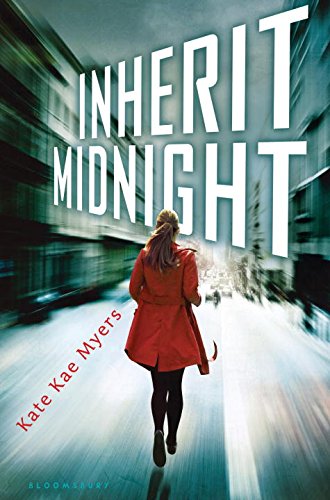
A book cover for Inherit Midnight; Kate Kae Myers; Teen & Young Adult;